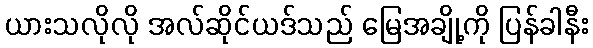
ယားသလိုလို အလ်ဆိုင်ယဒ်သည် မြေအချို့ကို ပြန်ခါနီး